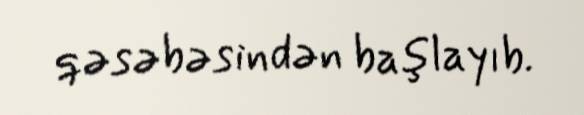
qəsəbəsindən başlayıb.